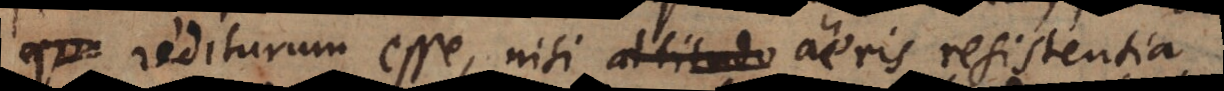
rediturum esse, nisi altitudo aëris resistentia